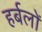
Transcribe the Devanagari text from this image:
हर्बलों